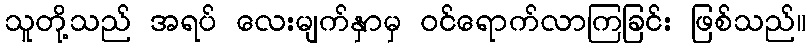
သူတို့သည် အရပ် လေးမျက်နှာမှ ဝင်ရောက်လာကြခြင်း ဖြစ်သည်။